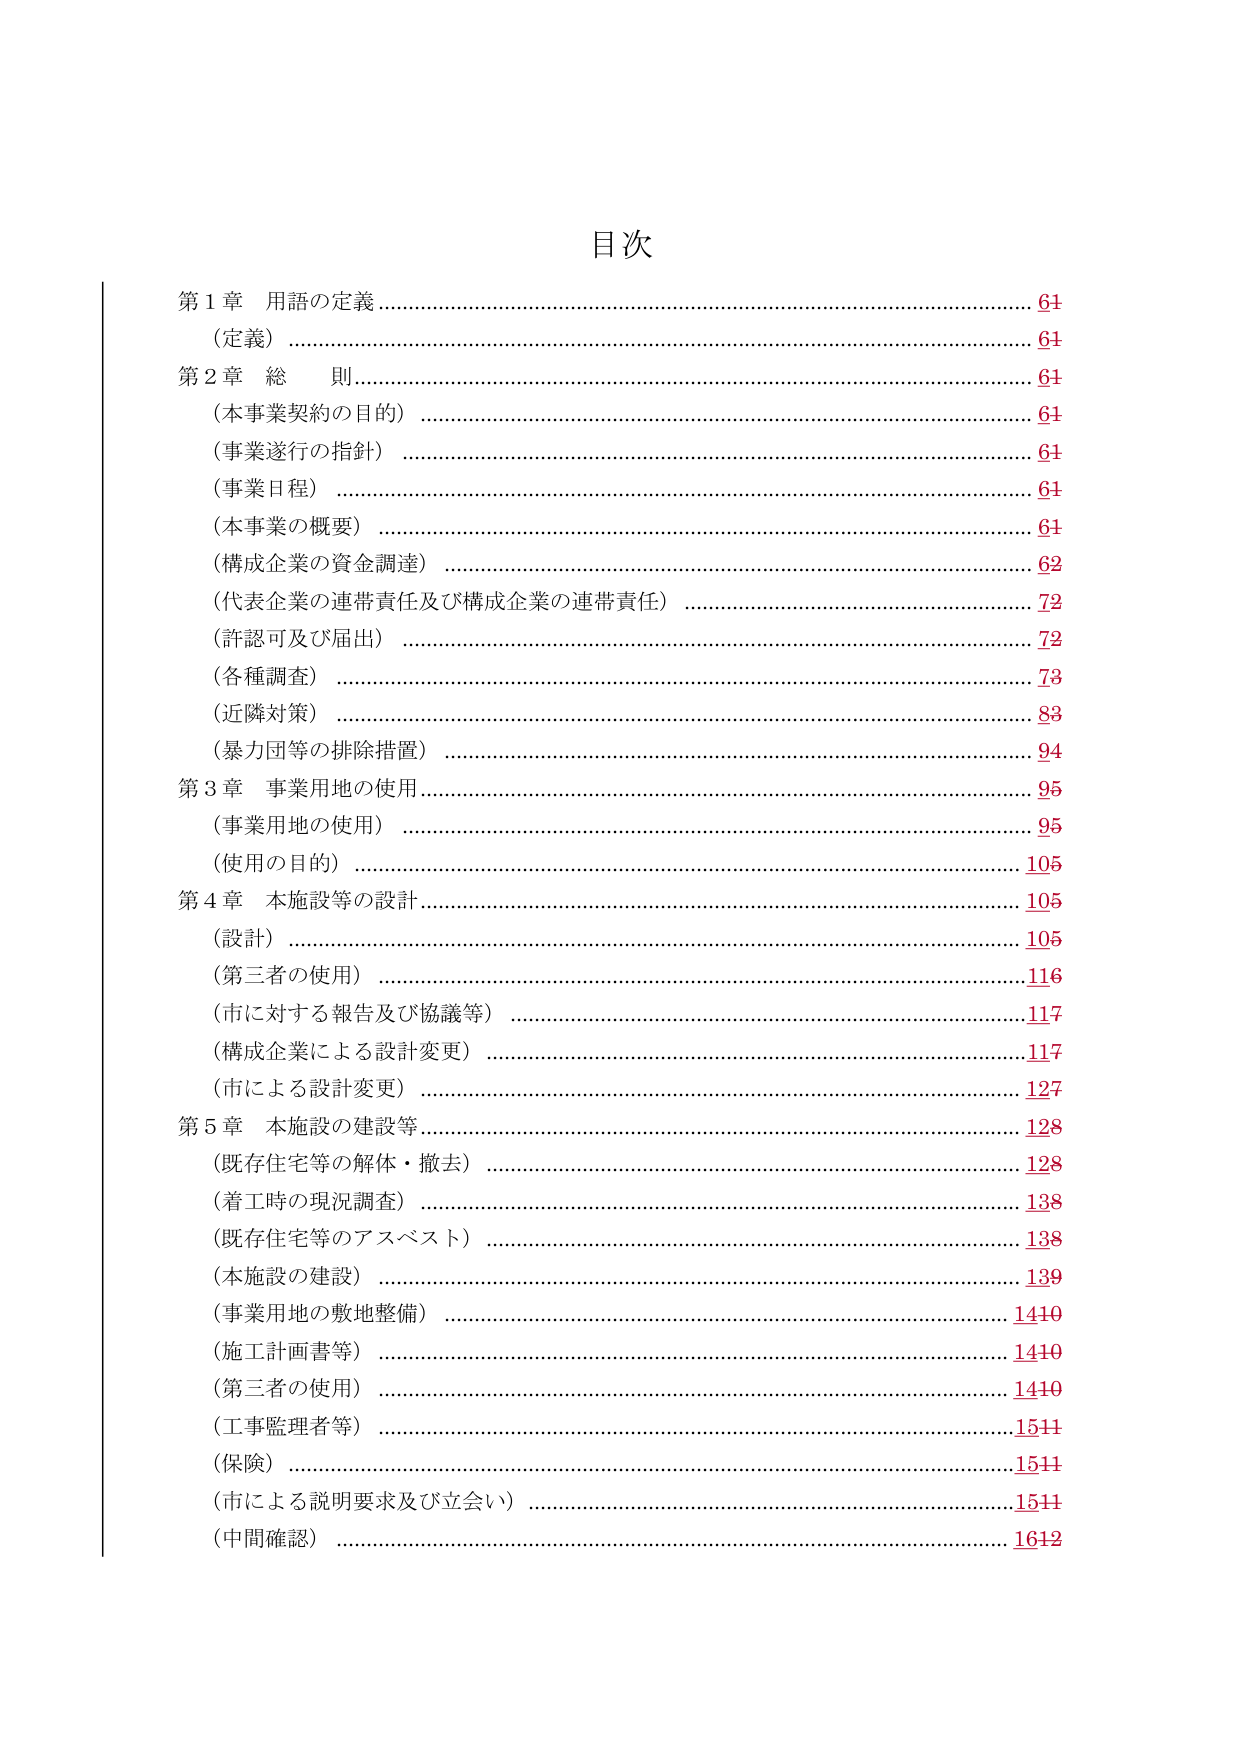
目次

第1章 用語の定義…………………………………………………………61
（定義）……………………………………………………………………61

第2章 総 則………………………………………………………………61
（本事業契約の目的）……………………………………………………61
（事業遂行の指針）………………………………………………………61
（事業日程）………………………………………………………………61
（本事業の概要）…………………………………………………………61
（構成企業の資金調達）…………………………………………………62
（代表企業の連帯責任及び構成企業の連帯責任）……………………72
（許認可及び届出）………………………………………………………72
（各種調査）………………………………………………………………73
（近隣対策）………………………………………………………………83
（暴力団等の排除措置）…………………………………………………94

第3章 事業用地の使用……………………………………………………95
（事業用地の使用）………………………………………………………95
（使用の目的）……………………………………………………………105

第4章 本施設等の設計……………………………………………………105
（設計）……………………………………………………………………105
（第三者の使用）…………………………………………………………116
（市に対する報告及び協議等）…………………………………………117
（構成企業による設計変更）……………………………………………117
（市による設計変更）……………………………………………………127

第5章 本施設の建設等……………………………………………………128
（既存住宅等の解体・撤去）……………………………………………128
（着工時の現況調査）……………………………………………………138
（既存住宅等のアスベスト）……………………………………………138
（本施設の建設）…………………………………………………………139
（事業用地の敷地整備）…………………………………………………1410
（施工計画書等）…………………………………………………………1410
（第三者の使用）…………………………………………………………1410
（工事監理者等）…………………………………………………………1511
（保険）……………………………………………………………………1511
（市による説明要求及び立会い）………………………………………1511
（中間確認）………………………………………………………………1612